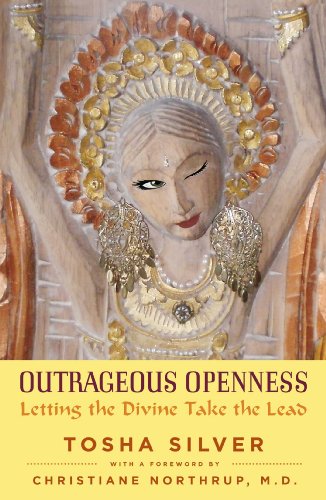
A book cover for Outrageous Openness: Letting the Divine Take the Lead; Tosha Silver; Self-Help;